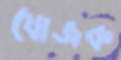
যোজক